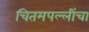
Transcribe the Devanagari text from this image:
चितमपल्लींचा